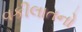
વકીલાતનો